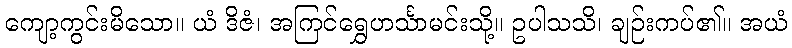
ကျော့ကွင်းမိသော။ ယံ ဒိဇံ၊ အကြင်ရွှေဟင်္သာမင်းသို့။ ဥပါသသိ၊ ချဉ်းကပ်၏။ အယံ